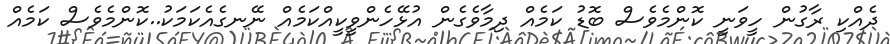
ދެއްކި ރާގުން ހީވަނީ ކޮންމެވެސް ބޮޑު ކަމެއް ދިމާވެގެން އުޅޭހެންވީކީއްކަމެއް ނޭނގެއެކަމަކު..ކޮންމެވެސް ކަމެއް